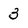
Character: 3